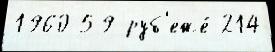
1960 59 руб'еже́ 214